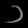
Digit: ၁